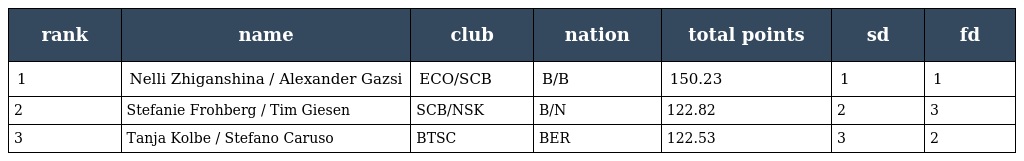
| rank | name | club | nation | total points | sd | fd |
 | --- | --- | --- | --- | --- | --- | --- |
 | 1 | Nelli Zhiganshina / Alexander Gazsi | ECO/SCB | B/B | 150.23 | 1 | 1 |
 | 2 | Stefanie Frohberg / Tim Giesen | SCB/NSK | B/N | 122.82 | 2 | 3 |
 | 3 | Tanja Kolbe / Stefano Caruso | BTSC | BER | 122.53 | 3 | 2 |